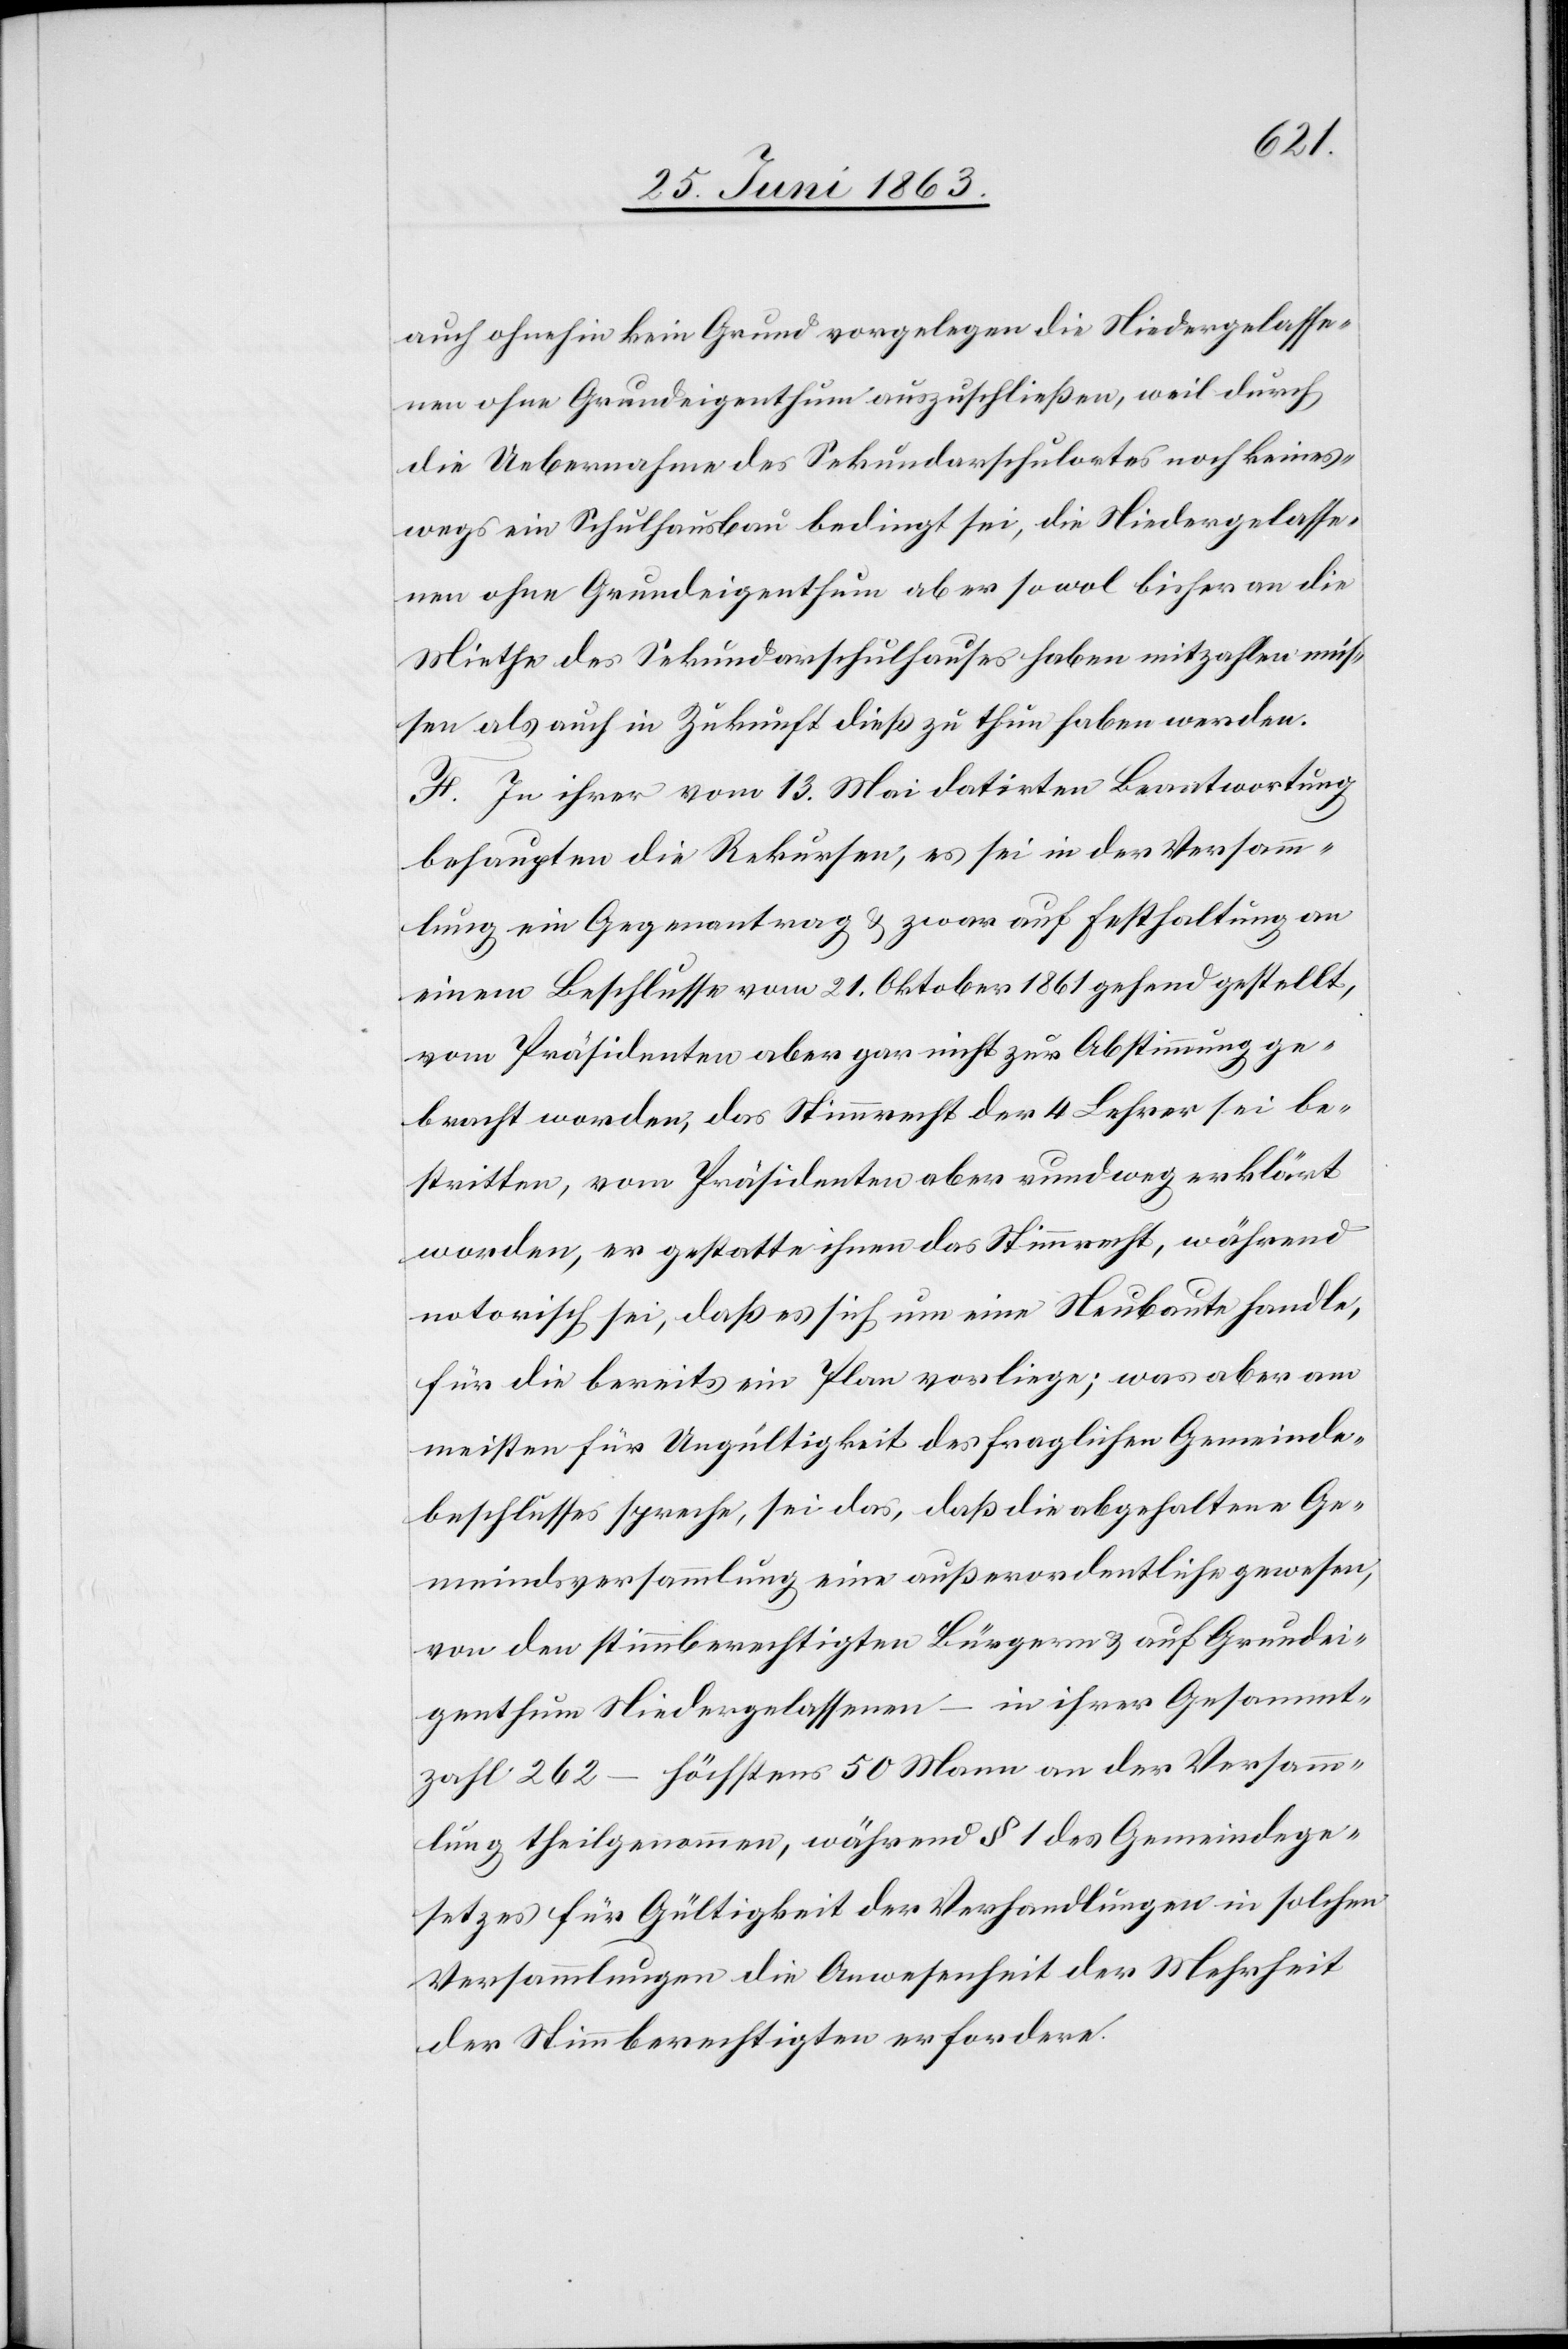
auch ohnehin kein Grund vorgelegen die Niedergelasse¬
nen ohne Grundeigenthum auszuschließen, weil durch
die Uebernahme des Sekundarschulortes noch keines¬
wegs ein Schulhausbau bedingt sei, die Niedergelasse¬
nen ohne Grundeigenthum aber sowohl bisher an die
Miethe des Sekundarschulhauses haben mitzahlen müs¬
sen als auch in Zukunft dieß zu thun haben werden.
F. In ihrer vom 13. Mai datirten Beantwortung
behaupten die Rekursen, es sei in der Versam¬
mlung ein Gegenantrag & zwar auf Festhaltung an
einem Beschlusse vom 21. Oktober 1861 gehend gestellt,
vom Präsidenten aber gar nicht zur Abstimmung ge¬
bracht worden, das Stimmrecht der 4 Lehrer sei be¬
stritten, vom Präsidenten aber rundweg erklärt
worden, er gestatte ihnen das Stimmrecht, während
notorisch sei, daß es sich um eine Neubaute handle,
für die bereits ein Plan vorliege; was aber am
meisten für Ungültigkeit des fraglichen Gemeinde¬
beschlusses spreche, sei das, daß die abgehaltene Ge¬
meindsversammlung eine außerordentliche gewesen,
von den stimmberechtigten Bürgern & auf Grundei¬
genthum Niedergelassenen – in ihrer Gesammt¬
zahl 262 – höchstens 50 Mann an der Versamm¬
lung theilgenommen, während § 1 des Gemeindege¬
setzes für Gültigkeit der Verhandlungen in solchen
Versammlungen die Anwesenheit der Mehrheit
der Stimmberechtigten erfordere.